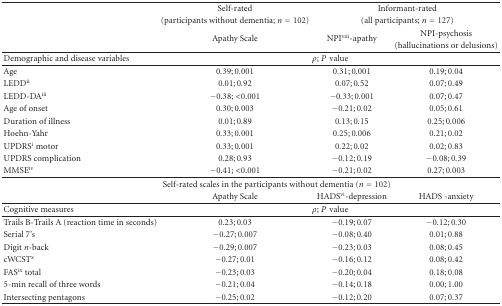
<table><thead><tr><td></td><td><b>Self-rated</b></td><td colspan="2"><b>Informant-rated</b></td></tr><tr><td><b> </b></td><td><b>(participants without dementia; <i>n</i> = 102)</b></td><td colspan="2"><b>(all participants; <i>n</i> = 127)</b></td></tr><tr><td><b> </b></td><td rowspan="2"><b>Apathy Scale</b></td><td rowspan="2"><b>NPI<sup>viii</sup>-apathy</b></td><td><b> NPI-psychosis</b></td></tr><tr><td><b> </b></td><td><b>(hallucinations or delusions)</b></td></tr></thead><tbody><tr><td>Demographic and disease variables</td><td colspan="3"><i>ρ</i>; <i>P</i>value</td></tr><tr><td>Age</td><td>0.39; 0.001</td><td>0.31; 0.001</td><td>0.19; 0.04</td></tr><tr><td>LEDD<sup>ii</sup></td><td>0.01; 0.92</td><td>0.07; 0.52</td><td>0.07; 0.49</td></tr><tr><td>LEDD-DA<sup>iii</sup></td><td>−0.38; &lt;0.001</td><td>−0.33; 0.001</td><td>0.07; 0.47</td></tr><tr><td>Age of onset </td><td>0.30; 0.003</td><td>−0.21; 0.02</td><td>0.05; 0.61</td></tr><tr><td>Duration of illness</td><td>0.01; 0.89</td><td>0.13; 0.15</td><td>0.25; 0.006</td></tr><tr><td>Hoehn-Yahr</td><td>0.33; 0.001</td><td>0.25; 0.006</td><td>0.21; 0.02</td></tr><tr><td>UPDRS<sup>i</sup> motor</td><td>0.33; 0.001</td><td>0.22; 0.02</td><td>0.02; 0.83</td></tr><tr><td>UPDRS complication</td><td>0.28; 0.93</td><td>−0.12; 0.19</td><td>−0.08; 0.39</td></tr><tr><td>MMSE<sup>iv</sup></td><td>−0.41; &lt;0.001</td><td>−0.21; 0.02</td><td>0.27; 0.003</td></tr><tr><td> </td><td colspan="3">Self-rated scales in the participants without dementia (<i>n</i> = 102)</td></tr><tr><td> </td><td>Apathy Scale</td><td>HADS<sup>vi</sup>-depression</td><td>HADS -anxiety</td></tr><tr><td>Cognitive measures</td><td colspan="3"><i>ρ</i>; <i>P</i>value </td></tr><tr><td>Trails B-Trails A (reaction time in seconds)</td><td>0.23; 0.03</td><td>−0.19; 0.07</td><td>−0.12; 0.30</td></tr><tr><td>Serial 7&#x27;s</td><td>−0.27; 0.007</td><td>−0.08; 0.40</td><td>0.01; 0.88</td></tr><tr><td>Digit <i>n</i>-back</td><td>−0.29; 0.007</td><td>−0.23; 0.03</td><td>0.08; 0.45</td></tr><tr><td>cWCST<sup>x</sup></td><td>−0.27; 0.01</td><td>−0.16; 0.12</td><td>0.08; 0.42</td></tr><tr><td>FAS<sup>ix</sup> total</td><td>−0.23; 0.03</td><td>−0.20; 0.04</td><td>0.18; 0.08</td></tr><tr><td>5-min recall of three words</td><td>−0.21; 0.04</td><td>−0.14; 0.18</td><td>0.00; 1.00</td></tr><tr><td>Intersecting pentagons</td><td>−0.25; 0.02</td><td>−0.12; 0.20</td><td>0.07; 0.37</td></tr></tbody></table>